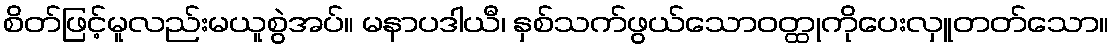
စိတ်ဖြင့်မူလည်းမယူစွဲအပ်။ မနာပဒါယီ၊ နှစ်သက်ဖွယ်သောဝတ္ထုကိုပေးလှူတတ်သော။